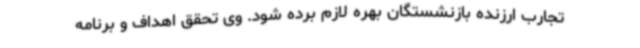
تجارب ارزنده بازنشستگان بهره لازم برده شود. وی تحقق اهداف و برنامه